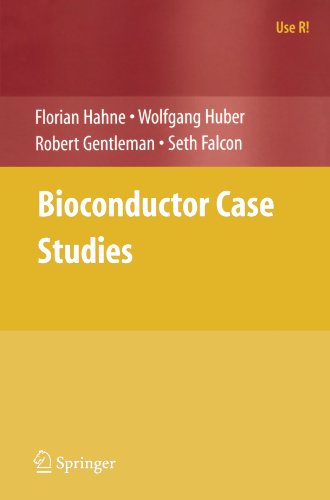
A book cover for Bioconductor Case Studies (Use R!); Florian Hahne; Science & Math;